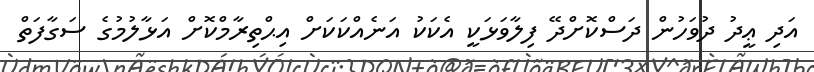
އަދި ޢީދު ދުވަހުން ދަސްކޮށްދޭ ފިލާވަޅަކީ އެކަކު އަނެއްކަކަށް އިޙްތިރާމްކޮށް އަޅާލުމުގެ ސަގާފަތް